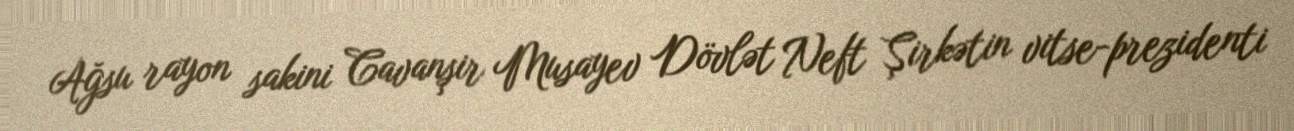
Ağsu rayon sakini Cavanşir Musayev Dövlət Neft Şirkətin vitse-prezidenti